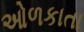
ઓળકાતા